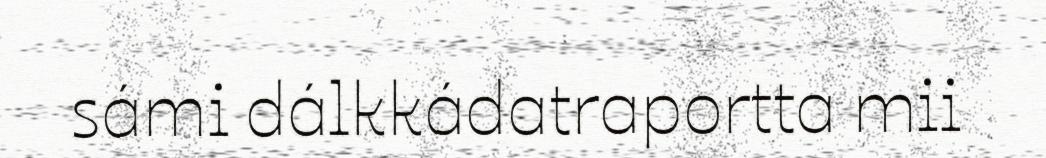
sámi dálkkádatraportta mii